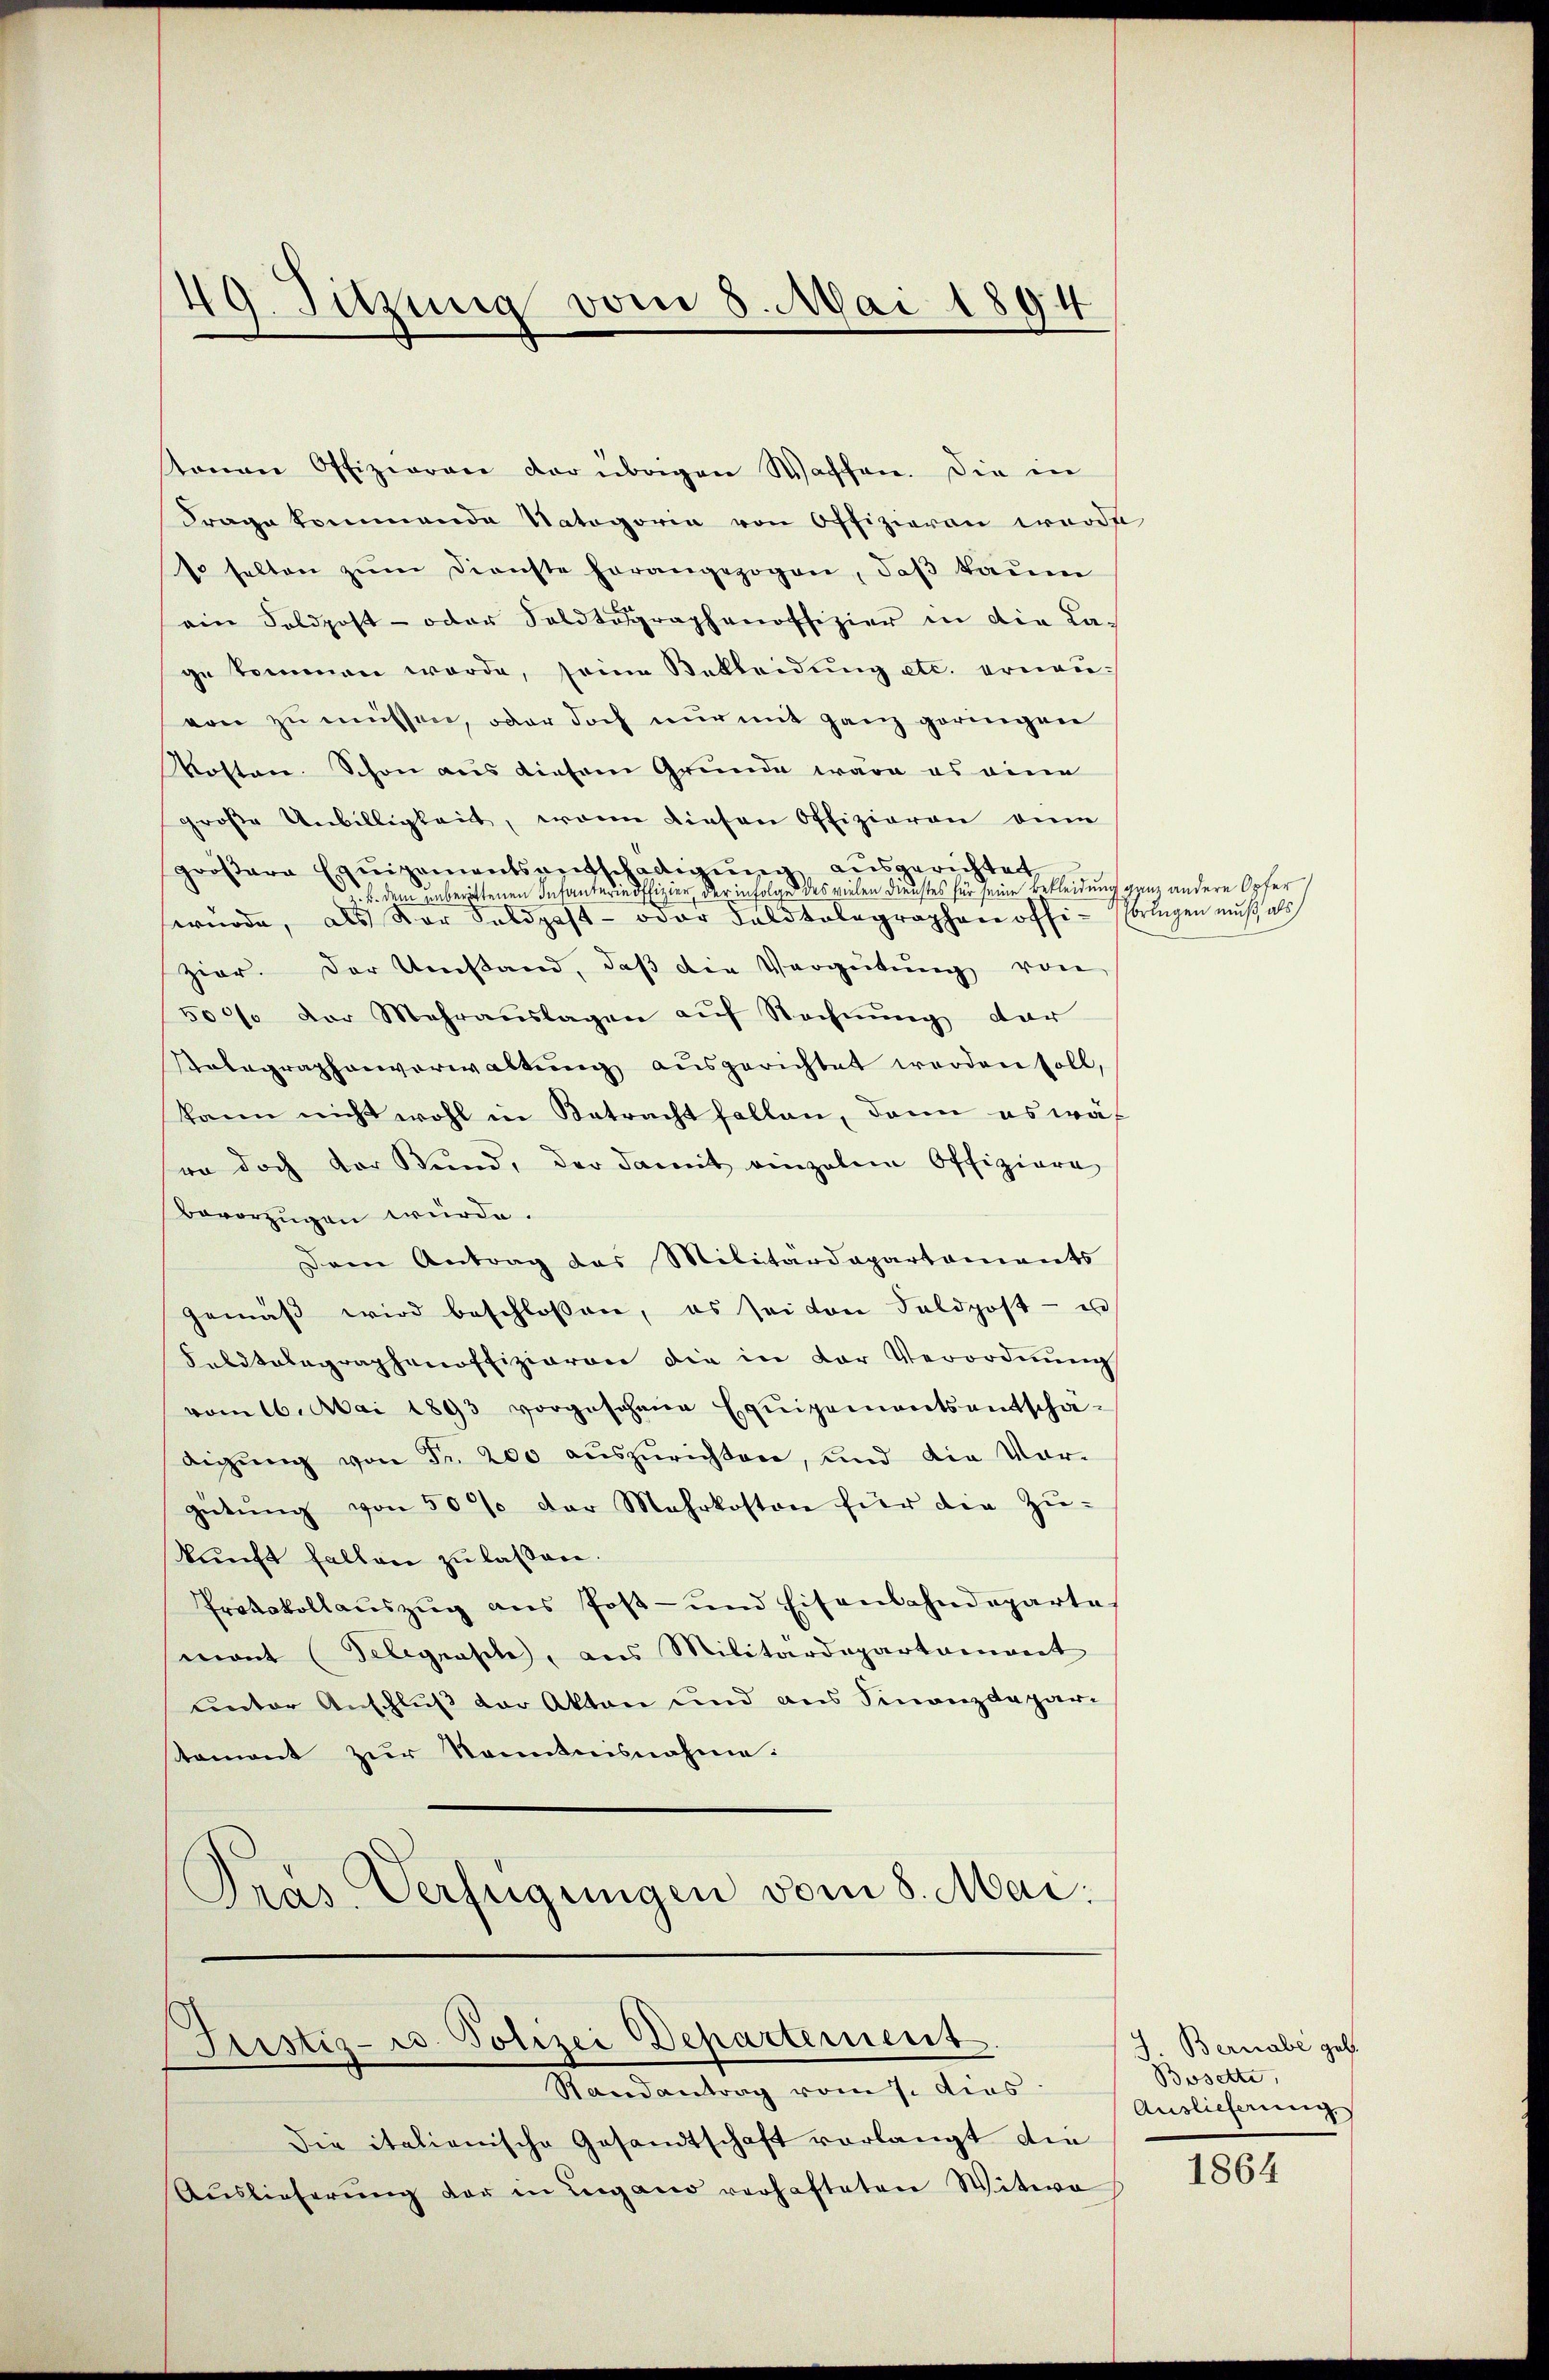
stonen Offizieren der übrigen Waffen. Die in
Frage kommende Natagorie von Offizieren werde
1 halten zŭm Dienste herangezogen, daβ kaum
ain Feldpost- oder Soldtographenoffizier in die La-
ge kommen werde, seine Bekleidung etc. erneuvon zu müssen, oder doch nur mit ganz geringen
Kosten. Schon aus diesem Grunde wäre es eine
große Unbilligkeit, wenn diesen Offizieren ein
größere Equipementsentschädigung ausgerichtet
b. dem unberittenen Infanterie offizier, der infolge des vielen Dienstes für seine Bekleidung ganz andere Opfer
sernode, als Vor Feldpost- oder Feldtelegraphen offizier. Der Umstand, daβ die Vergütŭng von
500% der Mehraŭslagen aŭf Rechnŭng dar
Relegraphenverwaltŭng ausgerichtet werden soll,
kann nicht wohl in Betracht fallen, dann es wäh
wo doch vor Bund, der damit einzelem Offiziere
bevorzügen würde.
Dem Antrag das Militärdepartaments
gemäβ wird beschlossen, es sei von Feldpost- u
Febitelegraphenoffizieren die in der Verordnŭng
vom 16. Mai 1893 vorgeschene Equipementsentscha-
digŭng von Fr. 200 aŭszŭrichten, und die Vor-
gütŭng von 50 % der Mehrkosten für die Zŭ-
kunft fallen zu lassen.
Protokollaŭszŭg ans Poβ- und Eisenbahndeparte-
mont (Telegrasch, aus Militärdepartament
unter Anschluß der Akten und aus Finanzdeparstament zur Kenntnisnahme:
Pras. Verfügungen vom 8. Mai:

49. Sitzung vom 8. Mai 1894

Justiz- u. Polizei Departement.
Randantrag vom 1. des

die italienische Gesandtschaft vorlangt die
Aŭslieferŭng der in Lugano vorhafteten Witwe

bringen muß, als

Bernabe geb.
Bosette,
Auslieferung

1864